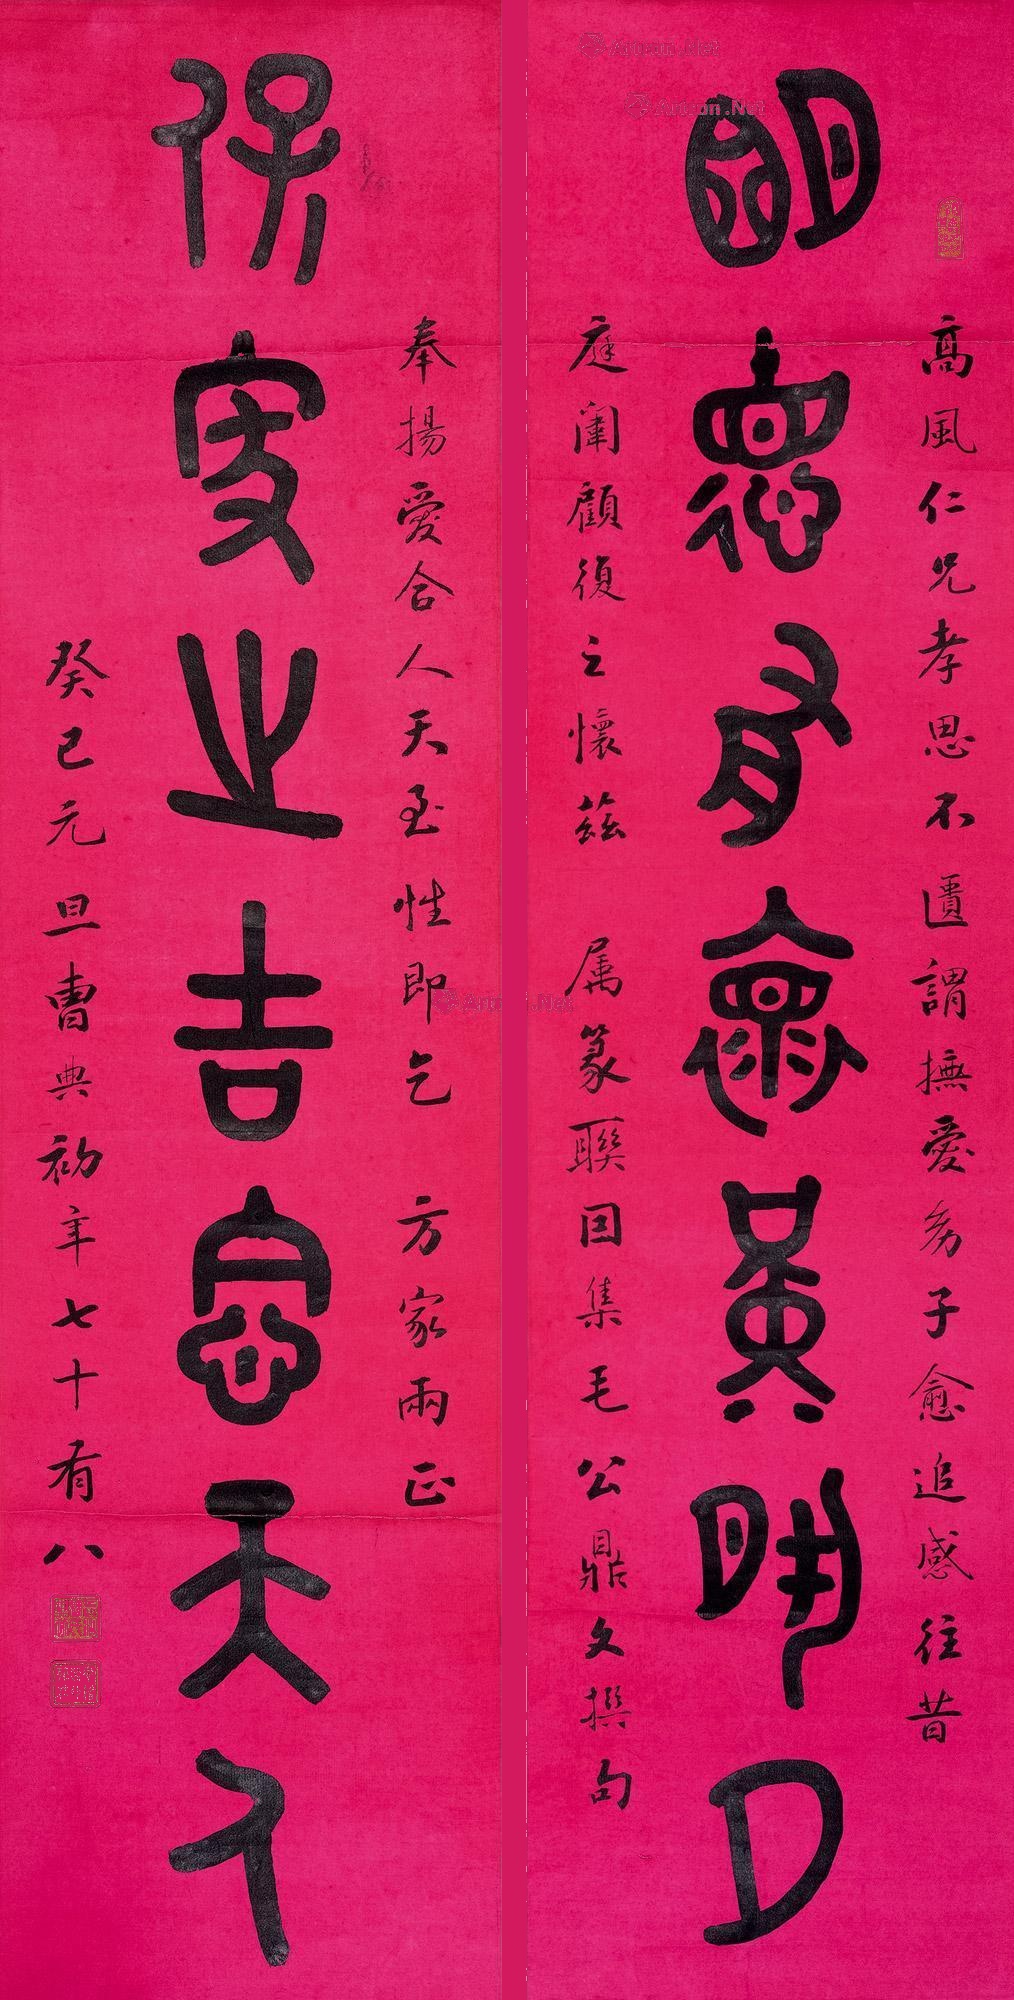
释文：明德有怀黄宿夕，保家之吉念天人。高风仁兄孝思不匮谓抚爱幼子愈追感往昔，庭闱顾复之怀兹属篆联因集毛公鼎文撰句，奉扬爱合人天至性即乞方家两正。癸巳元旦，曹典初年七十有八。